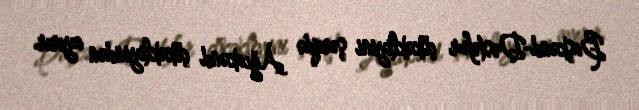
Başkənd-Dəstəfur çökəkliyini şərqdə Ağcakənd çökəkliyindən ayırır.